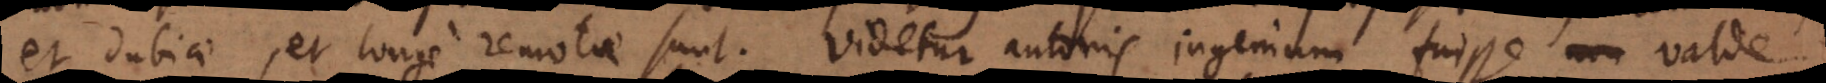
et dubiae, et longe remotae sunt. Videtur autoris ingenium fuisse non valde